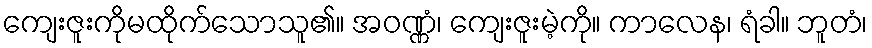
ကျေးဇူးကိုမထိုက်သောသူ၏။ အဝဏ္ဏံ၊ ကျေးဇူးမဲ့ကို။ ကာလေန၊ ရံခါ။ ဘူတံ၊